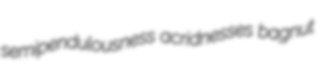
semipendulousness acridnesses bagnut